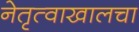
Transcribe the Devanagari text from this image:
नेतृत्वाखालचा